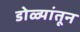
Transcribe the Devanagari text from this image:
डोळ्यांतून